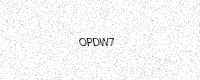
Text: OPDW7